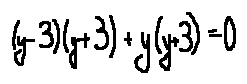
( y - 3 ) ( y + 3 ) + y ( y + 3 ) = 0